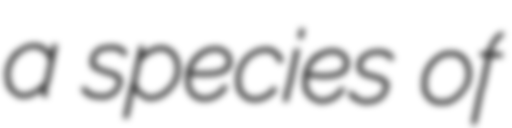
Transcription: a species of